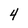
Character: 4